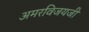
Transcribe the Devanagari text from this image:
अमरविजयजी